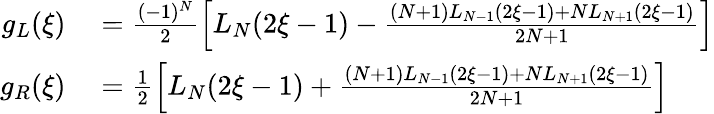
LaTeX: \begin{array}{rl}{g_{L}(\xi)}&{{}=\frac{(-1)^{N}}{2}\left[L_{N}(2\xi-1)-\frac{(N+1)L_{N-1}(2\xi-1)+NL_{N+1}(2\xi-1)}{2N+1}\right]}\\ {g_{R}(\xi)}&{{}=\frac{1}{2}\left[L_{N}(2\xi-1)+\frac{(N+1)L_{N-1}(2\xi-1)+NL_{N+1}(2\xi-1)}{2N+1}\right]}\end{array}